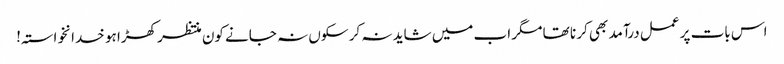
اس بات پر عمل درآمد بھی کر نا تھا مگر اب میں شاید نہ کر سکوں نہ جانے کون منتظر کھڑا ہو خدانخواستہ!